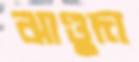
ঝাণ্ডুদা